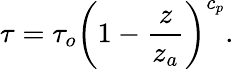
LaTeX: \tau=\tau_{o}\bigg(1-{\frac{z}{z_{a}}}\bigg)^{c_{p}}.